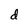
Character: d